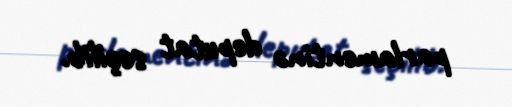
parlamentinə deputat seçilib.